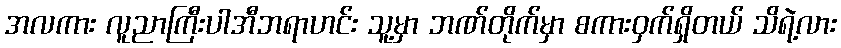
အလကား လူညာကြီးပါအီဘရာဟင်း သူ့မှာ ဘဏ်တိုက်မှာ စကားဝှက်ရှိတယ် သိရဲ့လား